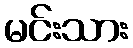
မင်းသား